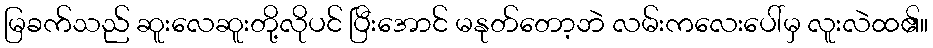
မြခက်သည် ဆူးလေဆူးတို့လိုပင် ပြီးအောင် မနုတ်တော့ဘဲ လမ်းကလေးပေါ်မှ လူးလဲထ၏။